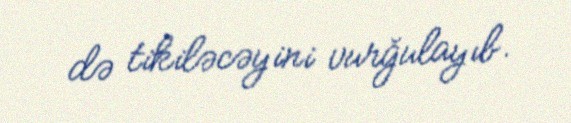
də tikiləcəyini vurğulayıb.